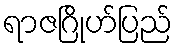
ရာဇဂြိုဟ်ပြည်